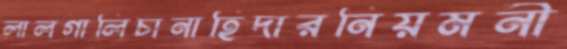
লালগালিচানাহিদারনিয়মনী